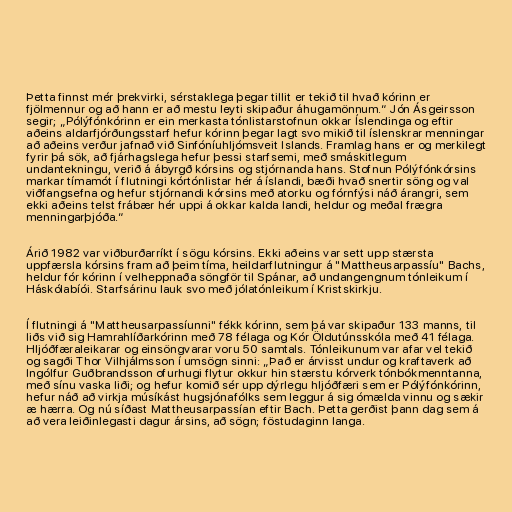
Þetta finnst mér þrekvirki, sérstaklega þegar tillit er tekið til hvað kórinn er
fjölmennur og að hann er að mestu leyti skipaður áhugamönnum.“ Jón Ásgeirsson
segir; „Pólýfónkórinn er ein merkasta tónlistarstofnun okkar Íslendinga og eftir
aðeins aldarfjórðungsstarf hefur kórinn þegar lagt svo mikið til íslenskrar menningar
að aðeins verður jafnað við Sinfóníuhljómsveit Islands. Framlag hans er og merkilegt
fyrir þá sök, að fjárhagslega hefur þessi starfsemi, með smáskitlegum
undantekningu, verið á ábyrgð kórsins og stjórnanda hans. Stofnun Pólýfónkórsins
markar tímamót í flutningi kórtónlistar hér á íslandi, bæði hvað snertir söng og val
viðfangsefna og hefur stjórnandi kórsins með atorku og fórnfýsi náð árangri, sem
ekki aðeins telst frábær hér uppi á okkar kalda landi, heldur og meðal frægra
menningarþjóða.“

Árið 1982 var viðburðarríkt í sögu kórsins. Ekki aðeins var sett upp stærsta
uppfærsla kórsins fram að þeim tíma, heildarflutningur á "Mattheusarpassíu" Bachs,
heldur fór kórinn í velheppnaða söngför til Spánar, að undangengnum tónleikum í
Háskólabíói. Starfsárinu lauk svo með jólatónleikum í Kristskirkju.

Í flutningi á "Mattheusarpassíunni" fékk kórinn, sem þá var skipaður 133 manns, til
liðs við sig Hamrahlíðarkórinn með 78 félaga og Kór Öldutúnsskóla með 41 félaga.
Hljóðfæraleikarar og einsöngvarar voru 50 samtals. Tónleikunum var afar vel tekið
og sagði Thor Vilhjálmsson í umsögn sinni: „Það er árvisst undur og kraftaverk að
Ingólfur Guðbrandsson ofurhugi flytur okkur hin stærstu kórverk tónbókmenntanna,
með sínu vaska liði; og hefur komið sér upp dýrlegu hljóðfæri sem er Pólýfónkórinn,
hefur náð að virkja músíkást hugsjónafólks sem leggur á sig ómælda vinnu og sækir
æ hærra. Og nú síðast Mattheusarpassían eftir Bach. Þetta gerðist þann dag sem á
að vera leiðinlegasti dagur ársins, að sögn; föstudaginn langa.